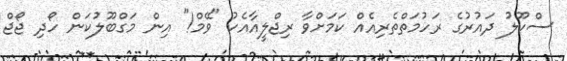
ސްކޫލު ދައުރުގެ ރަހުމަތްތެރިއެއް ކަމަށްވާ ރިޖްލީއާއެކު "ވޭމް!" އިން މަގްބޫލުކަން ހޯދި ޖޯޖް